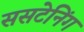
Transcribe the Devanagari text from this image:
ससटेनिंग